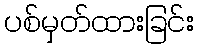
ပစ်မှတ်ထားခြင်း